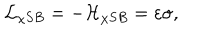
{ \cal L } _ { \chi S B } = - { \cal H } _ { \chi S B } = \varepsilon \sigma ,